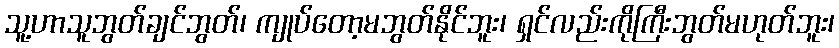
သူ့ဟာသူဘွတ်ချင်ဘွတ်၊ ကျုပ်တော့မဘွတ်နိုင်ဘူး၊ ရှင်လည်းကိုကြီးဘွတ်မဟုတ်ဘူး၊